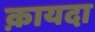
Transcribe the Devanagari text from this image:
क़ायदा